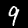
Digit: 9